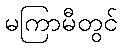
မကြာမီတွင်